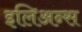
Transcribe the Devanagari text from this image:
इलिअन्स